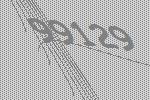
99129